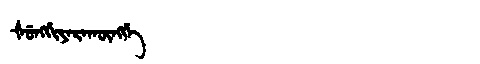
Manchu: ᡧᡠᠩᡤᡳᠶᠠᡵᠠᡴᡡᠩᡤᡝ
Romanization: ŠUNGGIYARAKŪNGGE